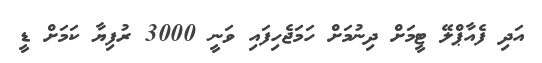
އަދި ފެއާޕްލޭ ޓީމަށް ދިނުމަށް ހަމަޖެހިފައި ވަނީ 3000 ރުފިޔާ ކަމަށް ޑީ